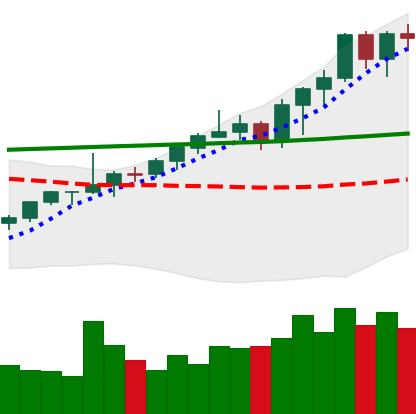
Ticker: ETH-USD
Chart end date: 2021-08-10
Forward return: 5.373%
Label: up_5_7